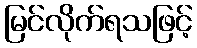
မြင်လိုက်ရသဖြင့်